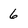
Character: 6